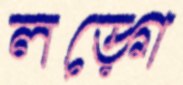
লড়্গে